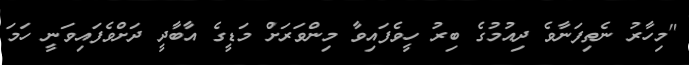
"މިހާރު ނެތިފަނާވެ ދިއުމުގެ ބިރު ހީވެފައިވާ މިންވަރަށް މަޑީގެ އާބާދީ ދަށްވެފައިވަނީ ހަމަ